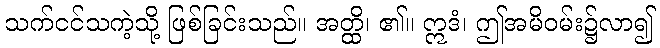
သက်ငင်သကဲ့သို့ ဖြစ်ခြင်းသည်။ အတ္ထိ၊ ၏။ ဣဒံ၊ ဤအမိဝမ်း၌လာ၍